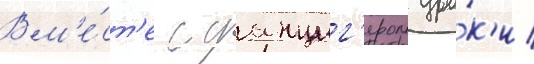
Вм'е́ст'е с данциг'ером уро́к'и